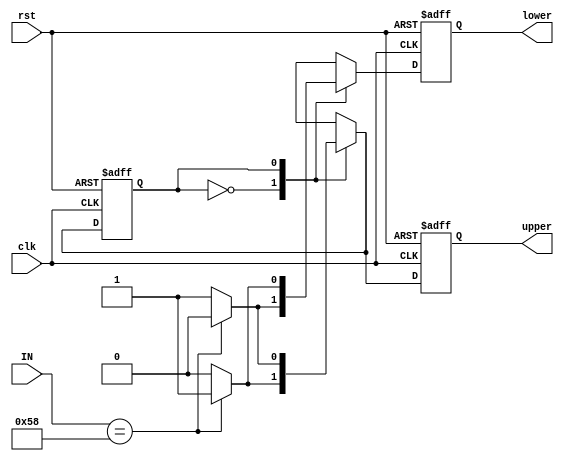
`timescale 1ns / 1ps
module detect_case(
    input [7:0]IN,
    input rst,
    input clk,
    output reg upper,
    output reg lower
    );
    reg state;
    always@(posedge clk or  posedge rst)
    begin
        if(rst)
        begin
            state <= 0;
            upper <= 0;
            lower <= 1;
        end
        else
        begin
            case(state)
            0:
            begin 
                if(IN == 8'h58)
                begin
                    state <= 1;
                    upper <= 1;
                    lower <= 0;
                end
                else
                begin 
                    state <= 0;
                    upper <= 0;
                    lower <= 1;   
                end
            end
            1:
            begin 
                if(IN == 8'h58)
                begin
                    state <= 0;
                    upper <= 0;
                    lower <= 1;
                end
                else 
                begin
                    state <= 1;
                    upper <= 1;
                    lower <= 0;   
                end
            end
            default:
            begin
                state <= state;
                upper <= upper;
                lower <= lower;  
            end
            endcase
        end  
    end
endmodule